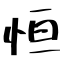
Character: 恒